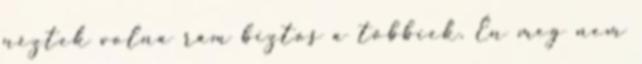
néztek volna rám biztos a többiek. Én meg nem